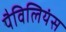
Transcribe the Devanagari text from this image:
पैविलियंस